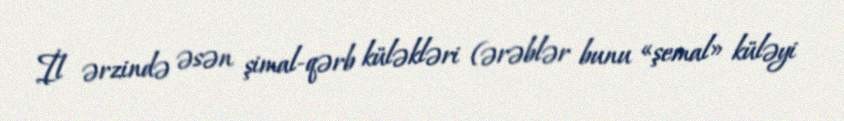
İl ərzində əsən şimal-qərb küləkləri (ərəblər bunu «şemal» küləyi